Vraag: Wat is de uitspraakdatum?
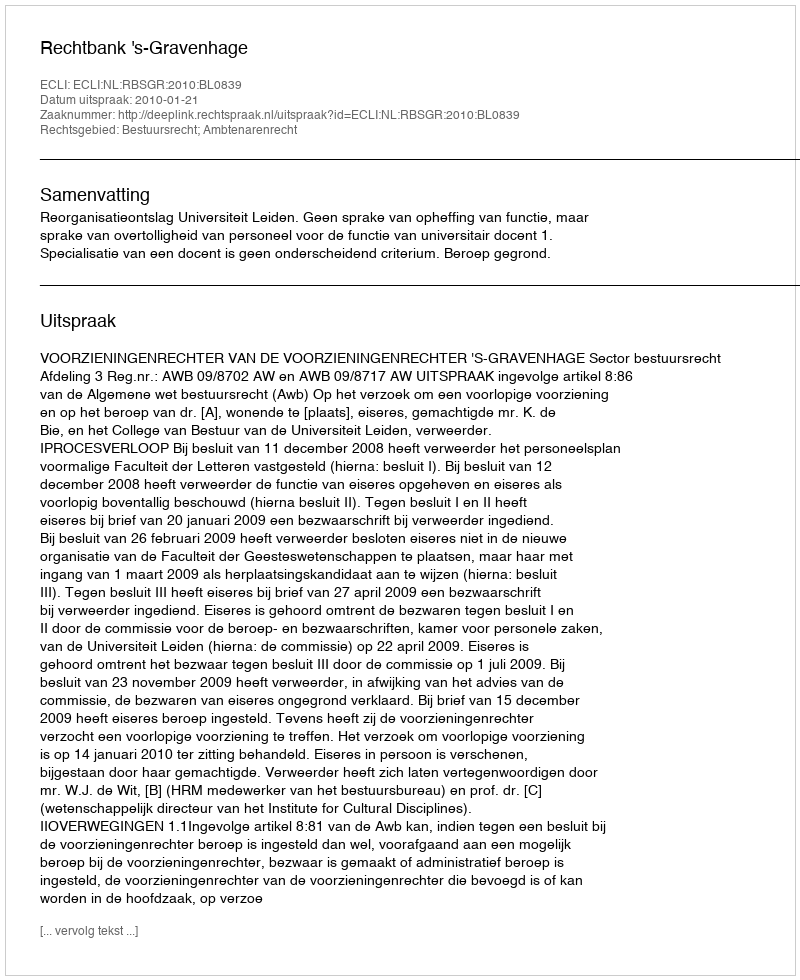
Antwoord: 2010-01-21